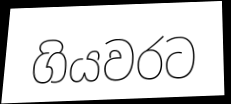
ගියවරට